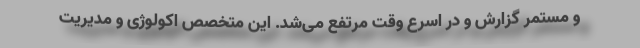
و مستمر گزارش و در اسرع وقت مرتفع می‌شد. این متخصص اکولوژی و مدیریت